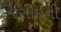
રસોઇની